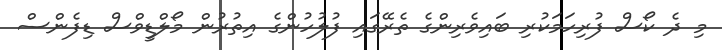
މި ދެ ކޯސް ފުރިހަމަކުރި ބައިވެރިންގެ ތެރޭގައި ފުލުހުންގެ އިތުރުން މޯލްޑީވްސް ޑިފެންސް